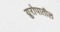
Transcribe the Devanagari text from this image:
य्रुरोपातील